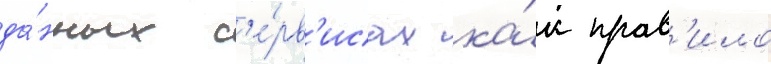
да́нных с'е́рв'исах ка́к прав'ило